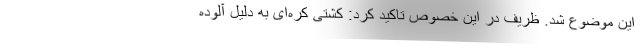
این موضوع شد. ظریف در این خصوص تاکید کرد: کشتی کره‌ای به دلیل آلوده